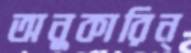
অনুকারিন্